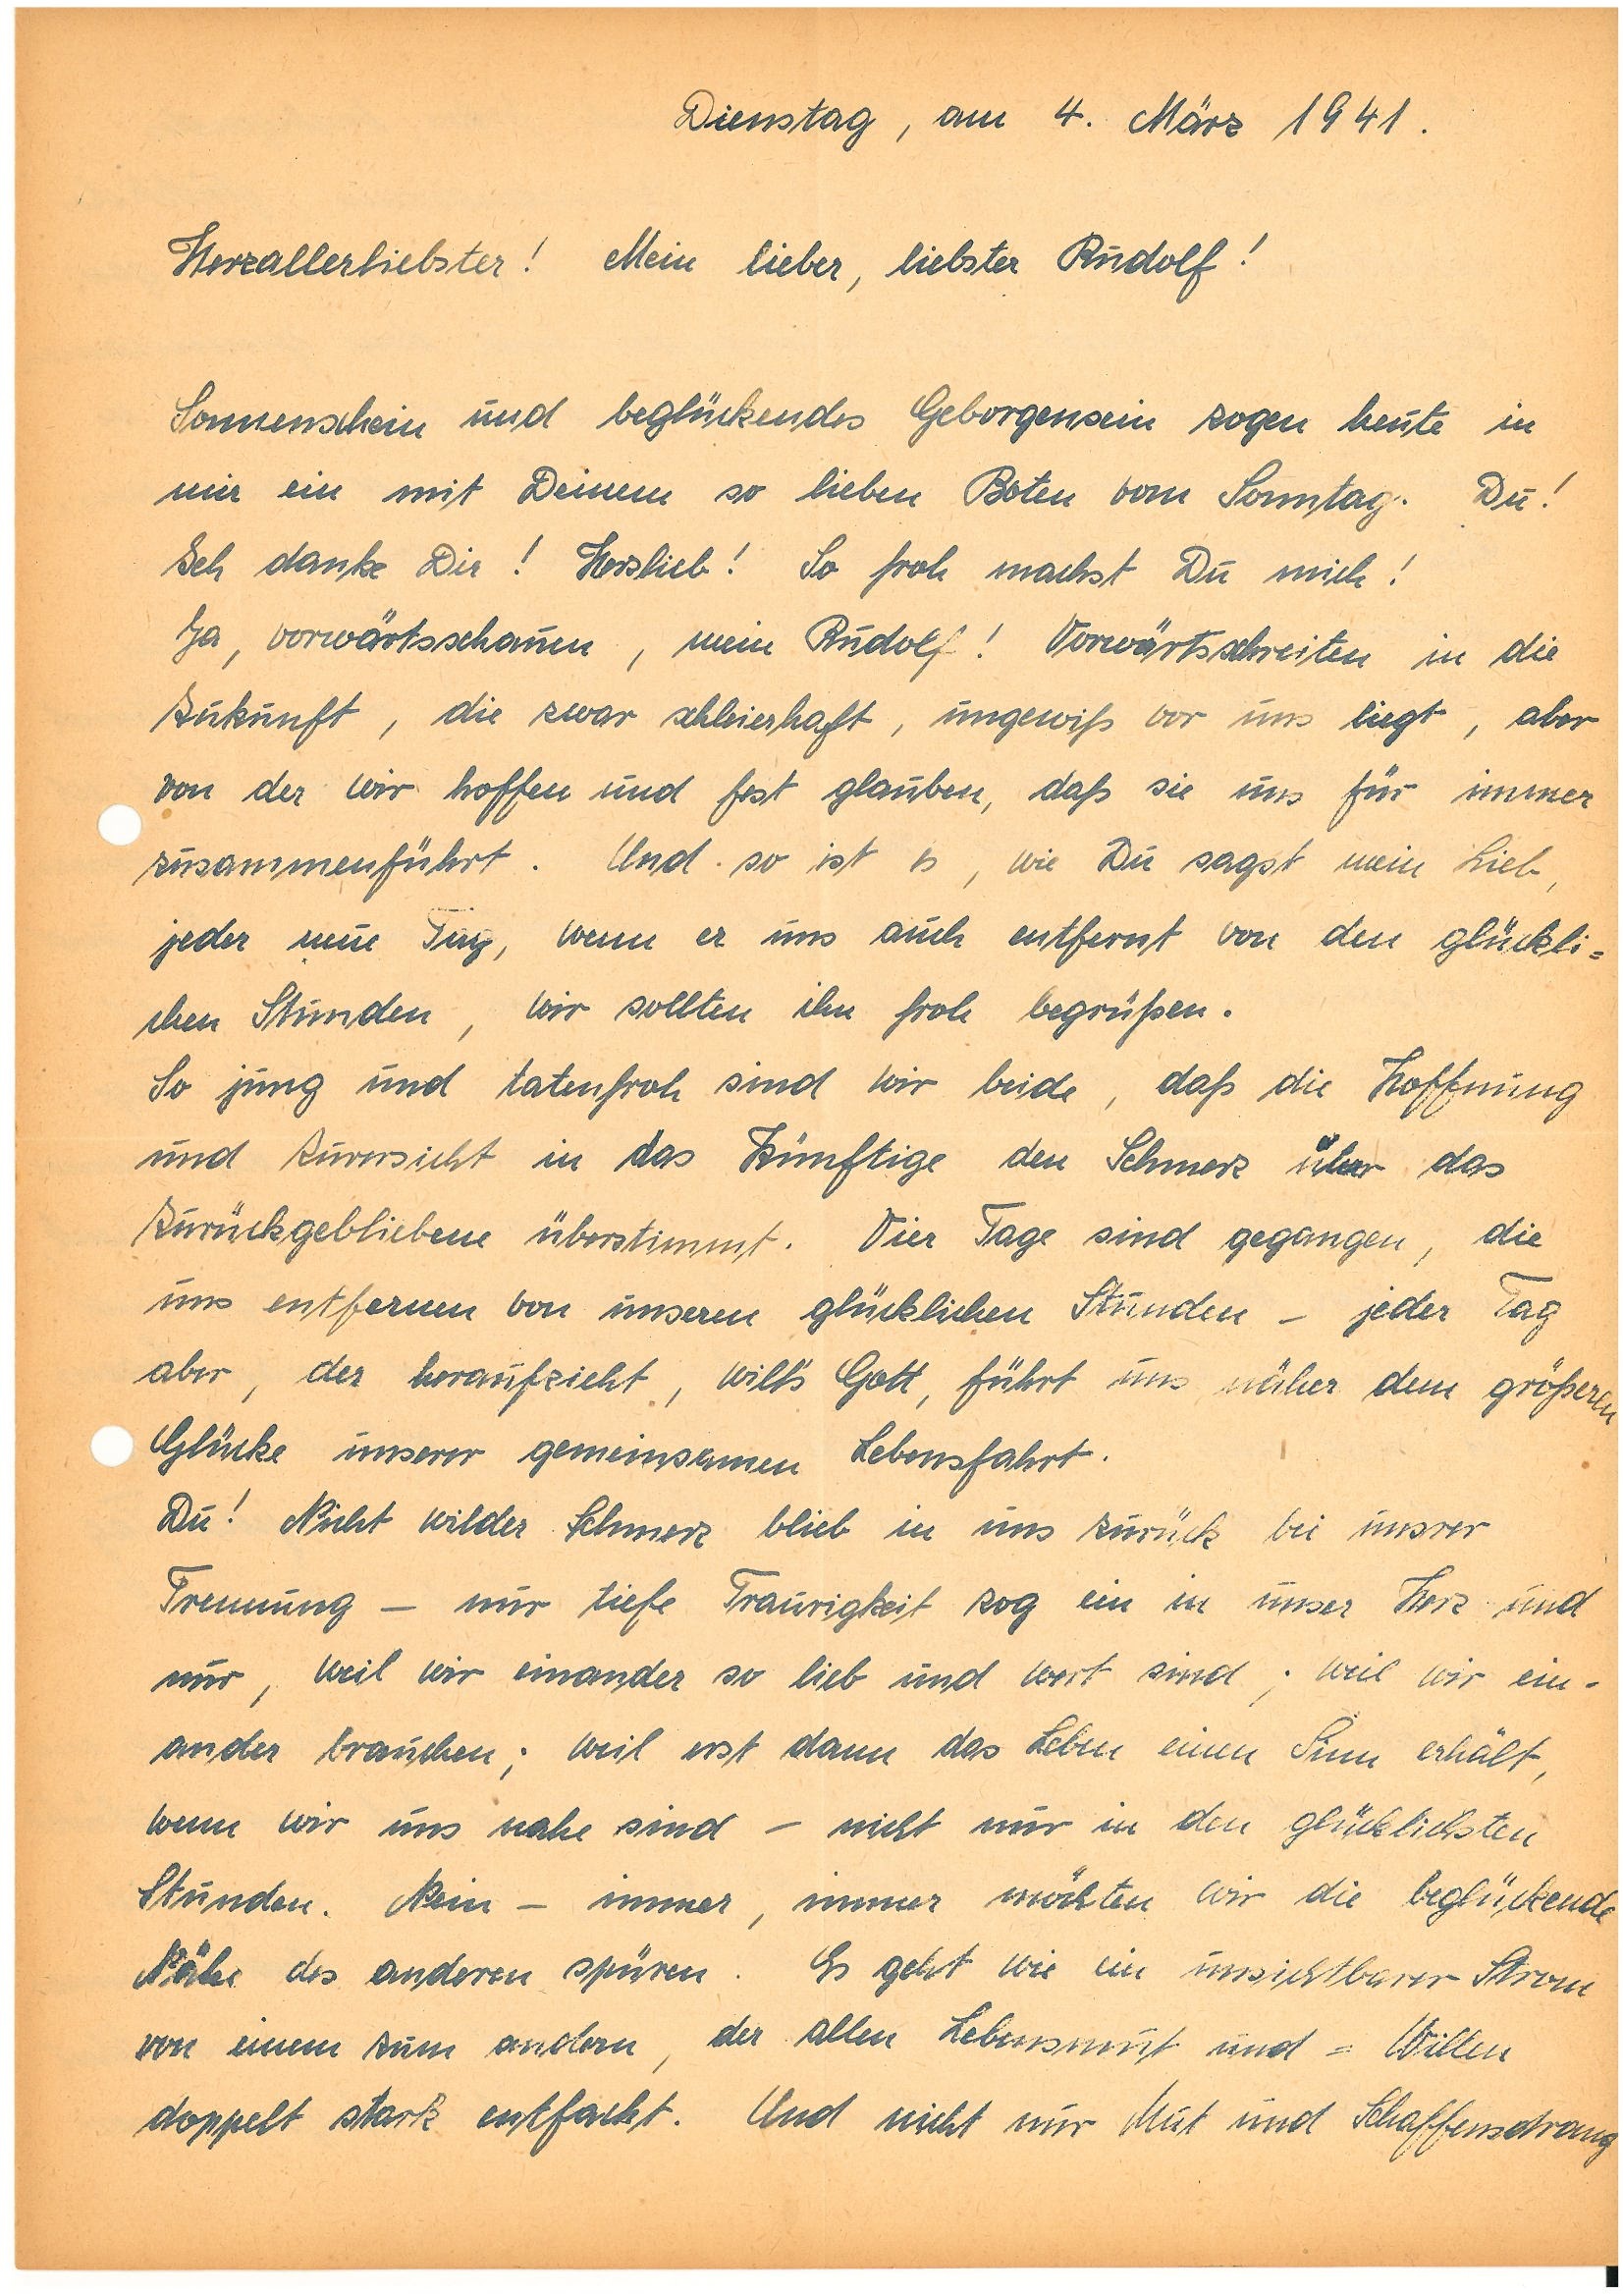
Dienstag, am 4. März 1941.
Herzallerliebster! Mein lieber, liebster !
Sonnenschein und beglückendes Geborgensein zogen heute in
mir ein mit Deinem so lieben Boten vom Sonntag. Du!
Ich danke Dir! Herzlieb! So froh machst Du mich!
Ja, vorwärtsschauen, mein ! Vorwärtsschreiten in die
Zukunft, die zwar schleierhaft, ungewiß vor uns liegt, aber
von der wir hoffen und fest glauben, daß sie uns für immer
zusammenführt. Und so ist es, wie Du sagst mein Lieb,
jeder neue Tag, wenn er uns auch entfernt von den glückli¬
chen Stunden, wir sollten ihn früh begrüßen.
So jung und tatenfroh sind wir beide, daß die Hoffnung
und Zuversicht in das Künftige den Schmerz über das
Zurückgebliebene überstimmt. Vier Tage sind gegangen, die
uns entfernen von unseren glücklichen Stunden – jeder Tag
aber, der heraufzieht, will’s Gott, führt uns näher dem größeren
Glücke unserer gemeinsamen Lebensfahrt.
Du! Nicht wilder Schmerz blieb in uns zurück bei unsrer
Trennung – nur tiefe Traurigkeit zog ein in unser Herz und
nur, weil wir einander so lieb und wert sind; weil wir ein¬
ander brauchen; weil erst dann das Leben einen Sinn erhält,
wenn wir uns nahe sind – nicht nur in den glücklichsten
Stunden. Nein – immer, immer möchten wir die beglückende
Nähe des anderen spüren. Es geht wie ein unsichtbarer Strom
von einem zum andern, der allen Lebensmut und -Willen
doppelt stark entfacht. Und nicht nur Mut und Schaffensdrang